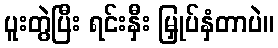
ပူးတွဲပြီး ရင်းနှီး မြှုပ်နှံတာပဲ။